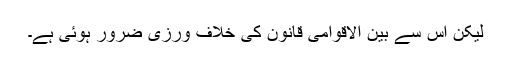
لیکن اس سے بین الاقوامی قانون کی خلاف ورزی ضرور ہوئی ہے۔